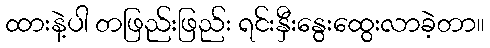
ထားနဲ့ပါ တဖြည်းဖြည်း ရင်းနှီးနွေးထွေးလာခဲ့တာ။